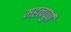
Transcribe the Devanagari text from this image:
महत्‍वपुर्ण